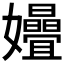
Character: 𫲞